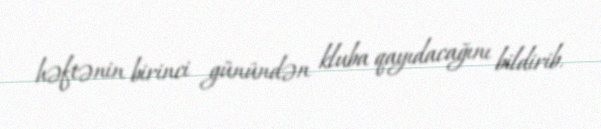
həftənin birinci günündən kluba qayıdacağını bildirib.